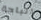
الباحة